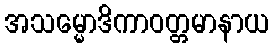
အသမ္မောဒိကာဝတ္တမာနာယ